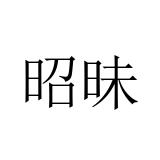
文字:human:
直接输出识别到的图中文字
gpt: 昭昧